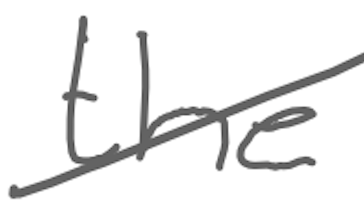
Text: the
Cross-out: diagonal
Writing tool: digital_gray